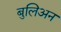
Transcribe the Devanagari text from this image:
बुलिअन